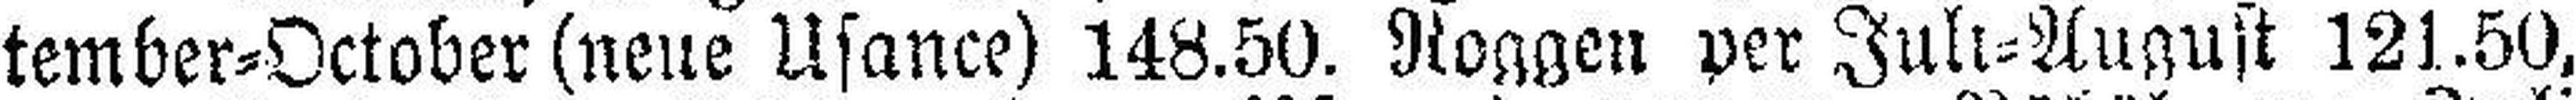
tember=October (neue Usance) 148.50. Roggen per Juli=August 121.50,